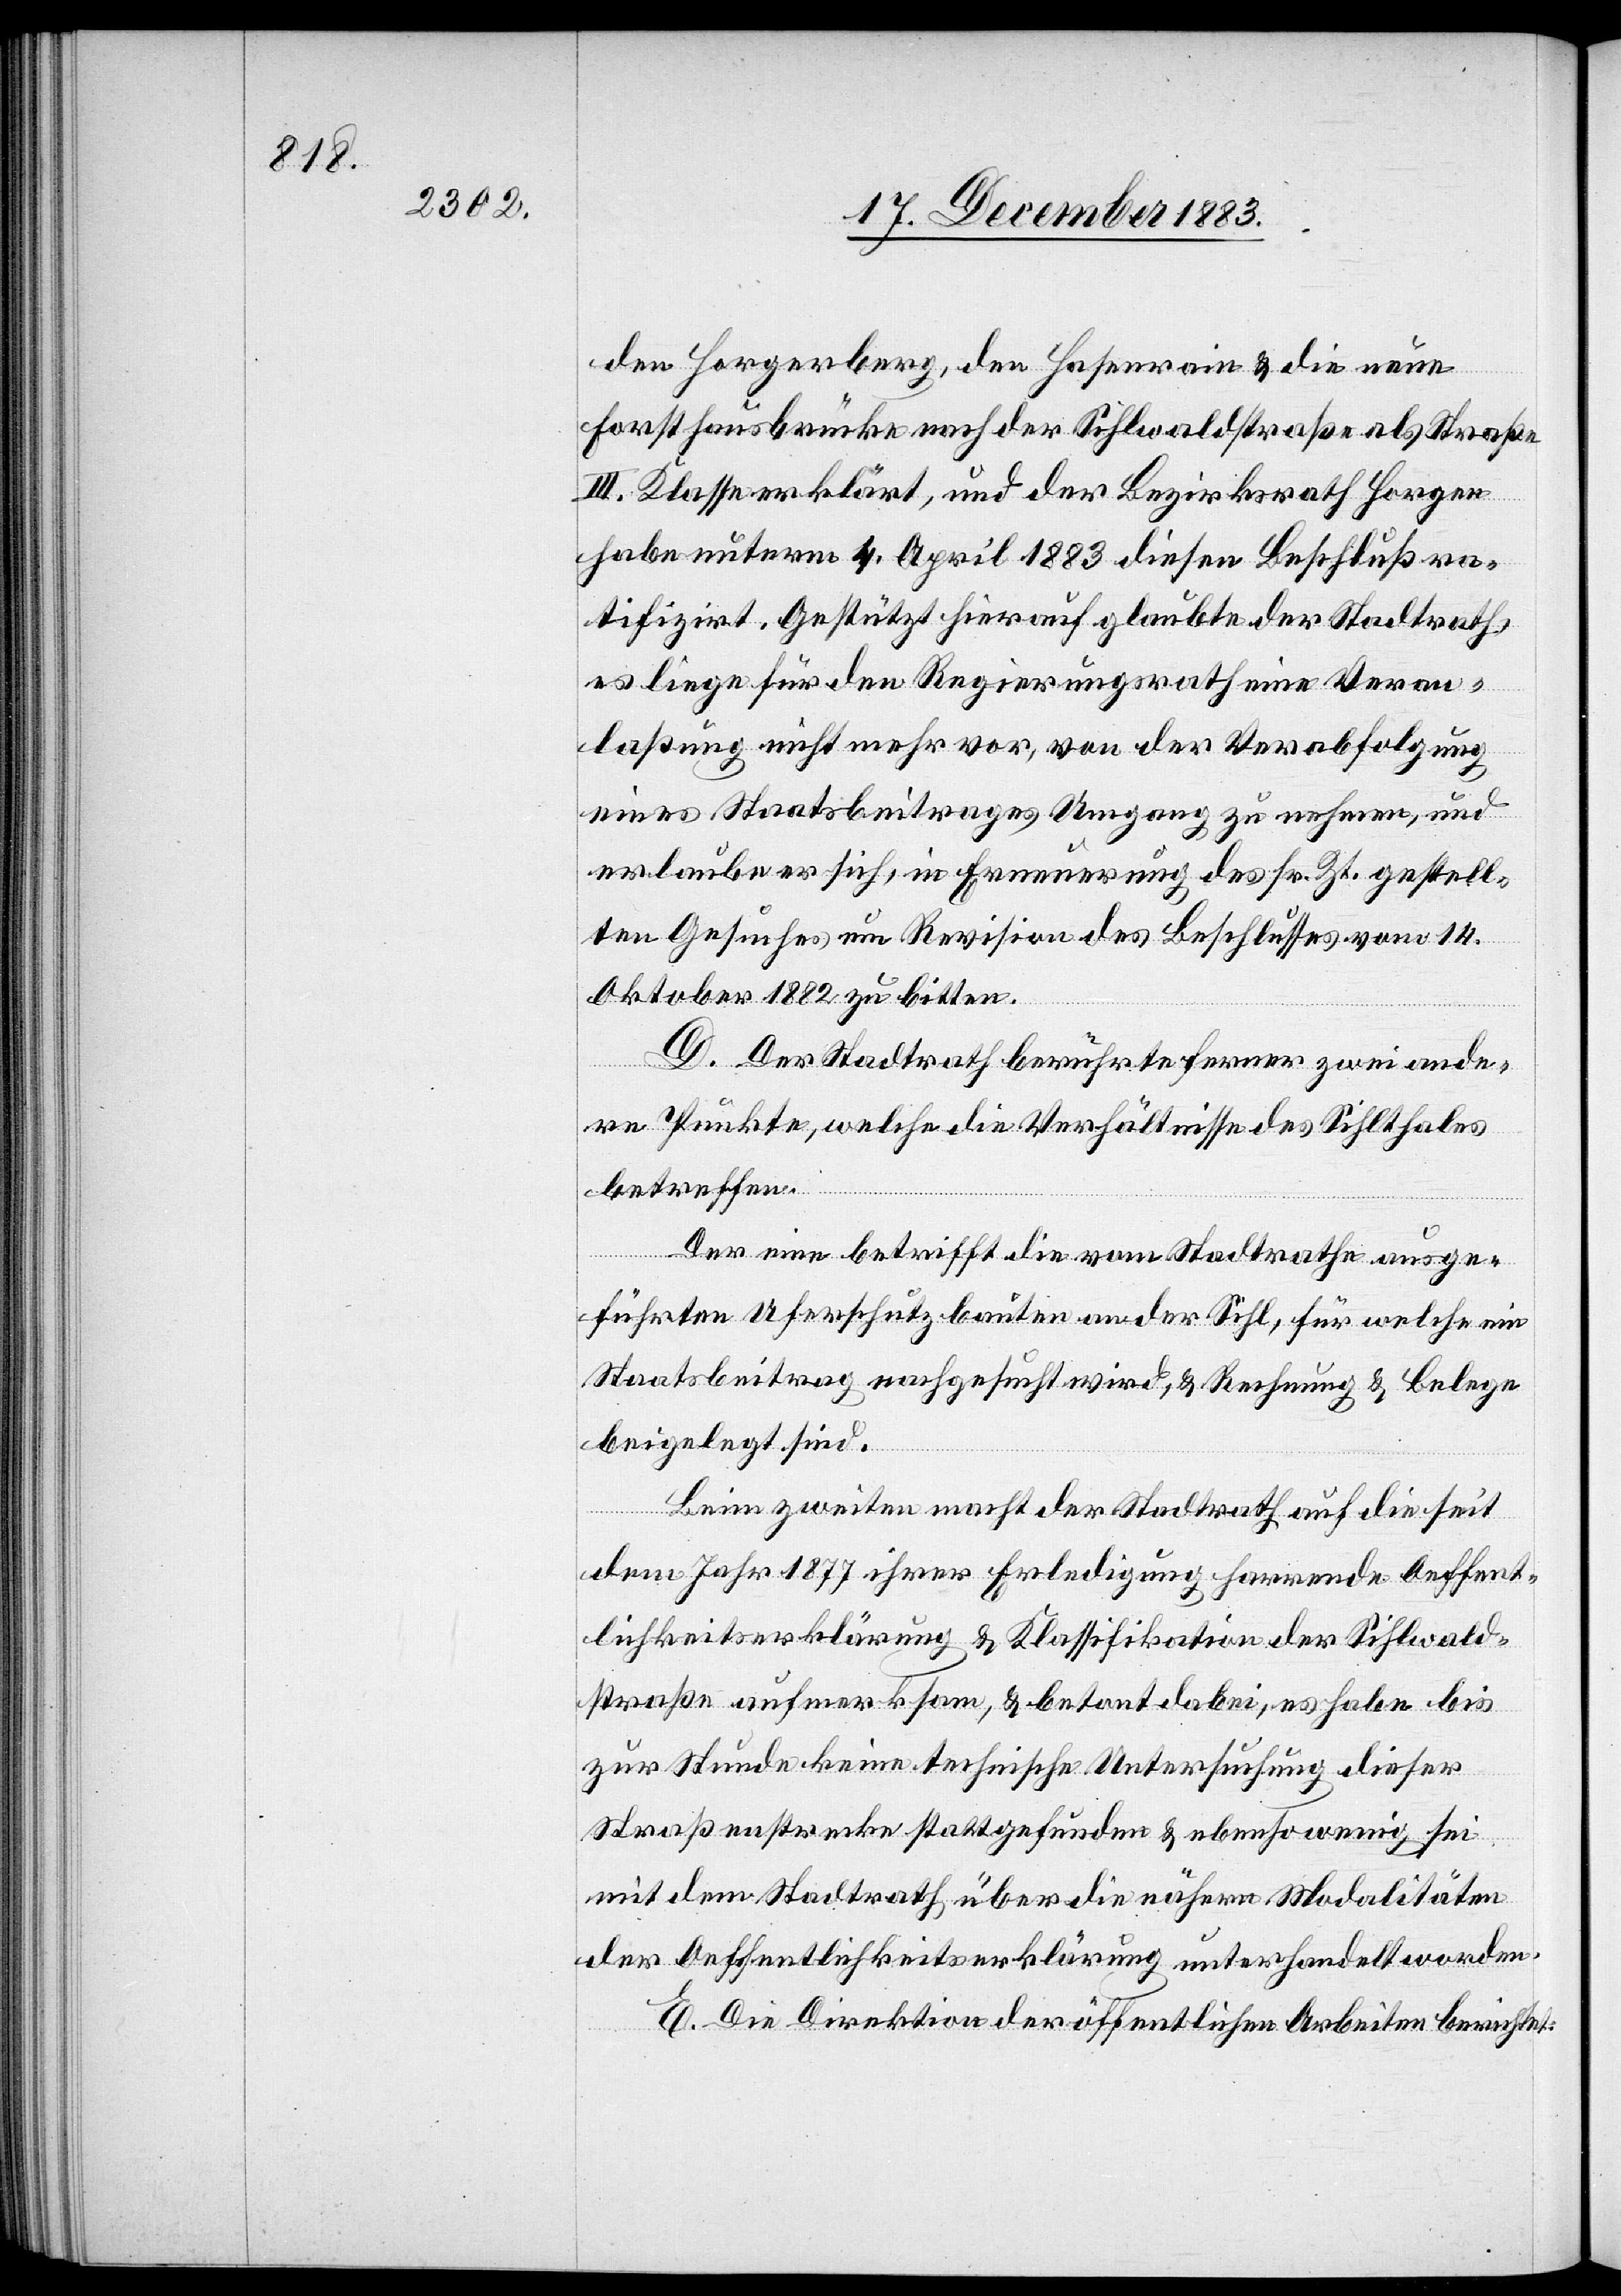
den Horgerberg, den Hasenrain & die neue
Forsthausbrücke nach der Sihlwaldstraße als Straße
III. Klasse erklärt, und der Bezirksrath Horgen
habe unterm 4. April 1883 diesen Beschluß ra¬
tifizirt. Gestützt hierauf glaubte der Stadtrath
es liege für den Regierungsrath eine Veran¬
laßung nicht mehr vor, von der Verabfolgung
eines Staatsbeitrages Umgang zu nehmen, und
erlaube er sich, in Erneuerung des sr. Zt. gestell¬
ten Gesuches um Revision des Beschlusses vom 14.
Oktober 1882 zu bitten.
D. Der Stadtrath berührte ferner zwei ande¬
re Punkte, welche die Verhältnisse des Sihlthales
betreffen.
Der eine betrifft die vom Stadtrathe ausge¬
führten Uferschutzbauten an der Sihl, für welche ein
Staatsbeitrag nachgesucht wird, & Rechnung & Belege
beigelegt sind.
Beim zweiten macht der Stadtrath auf die seit
dem Jahr 1877 ihrer Erledigung harrende Oeffent¬
lichkeitserklärung & Klassifikation der Sihlwald¬
straße aufmerksam, & betont dabei, es habe bis
zur Stunde keine technische Untersuchung dieser
Straßenstrecke stattgefunden & ebenso wenig sei
mit dem Stadtrath über die nähere Modalitäten
der Oeffentlichkeitserklärung unterhandelt worden.
E. Die Direktion der öffentlichen Arbeiten berichtet: